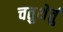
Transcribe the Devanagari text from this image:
चतुथेर्तु